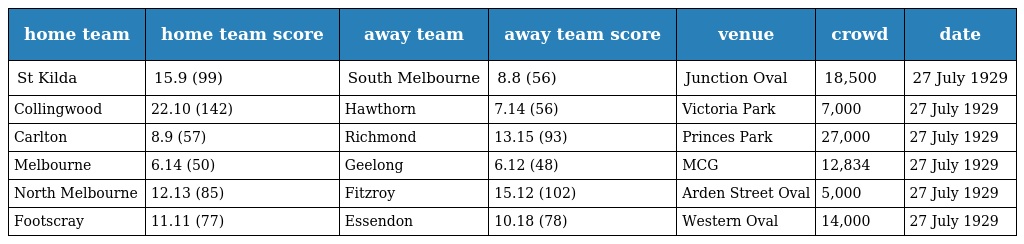
| home team | home team score | away team | away team score | venue | crowd | date |
 | --- | --- | --- | --- | --- | --- | --- |
 | St Kilda | 15.9 (99) | South Melbourne | 8.8 (56) | Junction Oval | 18,500 | 27 July 1929 |
 | Collingwood | 22.10 (142) | Hawthorn | 7.14 (56) | Victoria Park | 7,000 | 27 July 1929 |
 | Carlton | 8.9 (57) | Richmond | 13.15 (93) | Princes Park | 27,000 | 27 July 1929 |
 | Melbourne | 6.14 (50) | Geelong | 6.12 (48) | MCG | 12,834 | 27 July 1929 |
 | North Melbourne | 12.13 (85) | Fitzroy | 15.12 (102) | Arden Street Oval | 5,000 | 27 July 1929 |
 | Footscray | 11.11 (77) | Essendon | 10.18 (78) | Western Oval | 14,000 | 27 July 1929 |